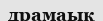
драмаық